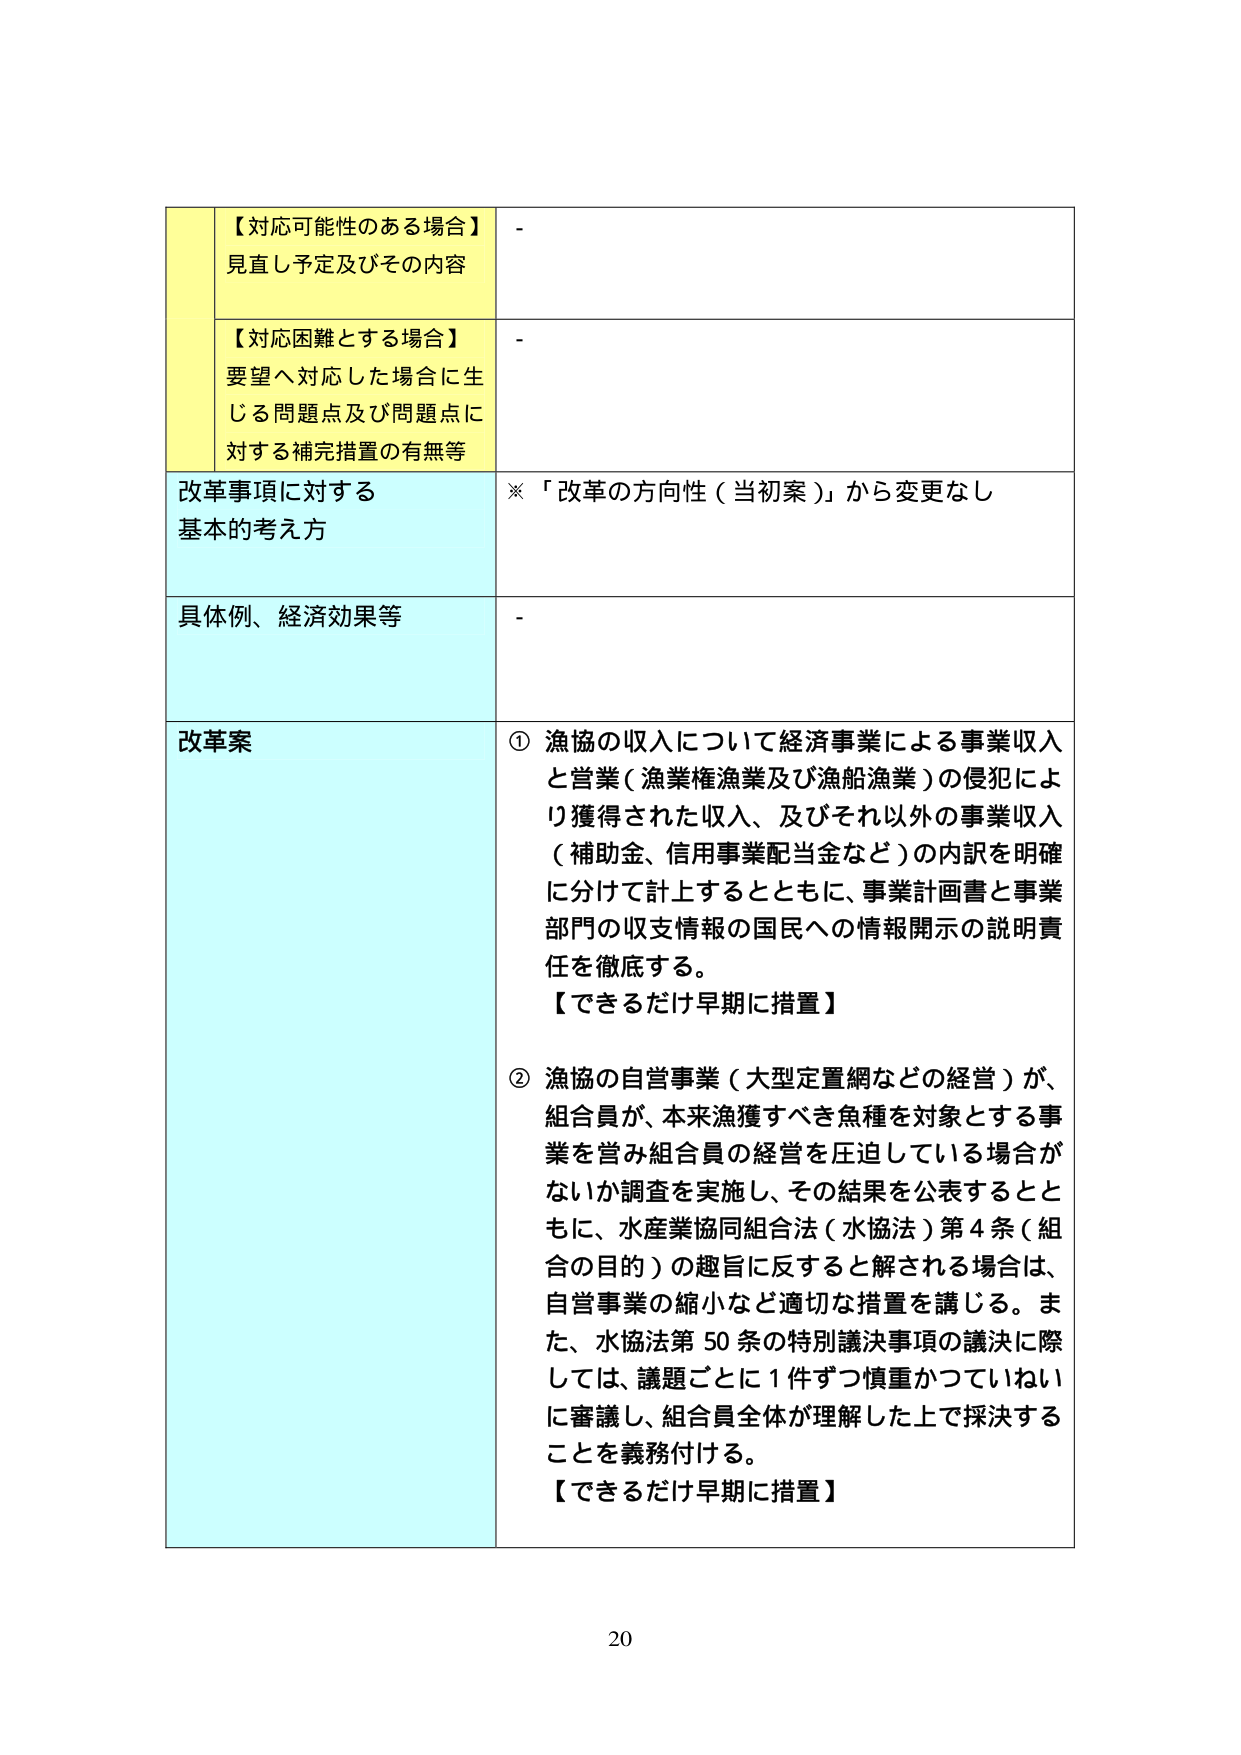
【対応可能性のある場合】
見直し予定及びその内容

【対応困難とする場合】
要望へ対応した場合に生じる問題点及び問題点に対する補完措置の有無等

改革事項に対する
基本的考え方
※「改革の方向性（当初案）」から変更なし

具体例、経済効果等
-

改革案
① 漁協の収入について経済事業による事業収入と営業（漁業権漁業及び漁船漁業）の侵犯により獲得された収入、及びそれ以外の事業収入（補助金、信用事業配当金など）の内訳を明確に分けて計上するとともに、事業計画書と事業部門の収支情報の国民への情報開示の説明責任を徹底する。
【できるだけ早期に措置】

② 漁協の自営事業（大型定置網などの経営）が、組合員が、本来漁獲すべき魚種を対象とする事業を営み組合員の経営を圧迫している場合がないか調査を実施し、その結果を公表するとともに、水産業協同組合法（水協法）第4条（組合の目的）の趣旨に反すると解される場合は、自営事業の縮小など適切な措置を講じる。また、水協法第50条の特別議決事項の議決に際しては、議題ごとに1件ずつ慎重かつていねいに審議し、組合員全体が理解した上で採決することを義務付ける。
【できるだけ早期に措置】

20